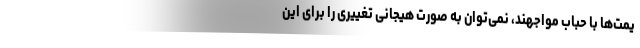
یمت‌ها با حباب مواجهند، نمی‌توان به صورت هیجانی تغییری را برای این